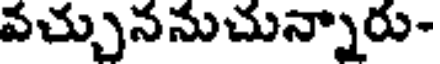
వచ్చుననుచున్నారు-